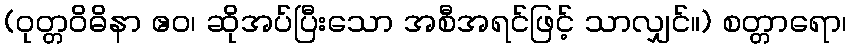
(ဝုတ္တဝိဓိနာ ဧဝ၊ ဆိုအပ်ပြီးသော အစီအရင်ဖြင့် သာလျှင်။) စတ္တာရော၊